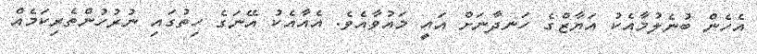
އެހެން ބުނެލުމާއެކު އަޔާޒްގެ ހަނދާނަށް އައީ މައުވާއެވެ. އެއާއެކު އޭނަގެ ހިތުގައި ނުރުހުންތެރިކަމެއް